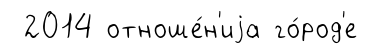
2014 отноше́н'иjа го́род'е